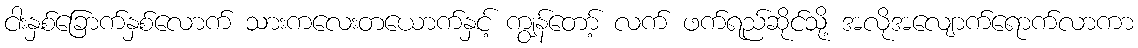
ငါးနှစ်ခြောက်နှစ်လောက် သားကလေးတယောက်နှင့် ကျွန်တော့် လက် ဖက်ရည်ဆိုင်သို့ အလိုအလျောက်ရောက်လာကာ